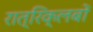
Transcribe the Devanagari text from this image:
रात्रिक्लबों